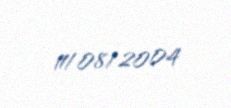
11/08/2004